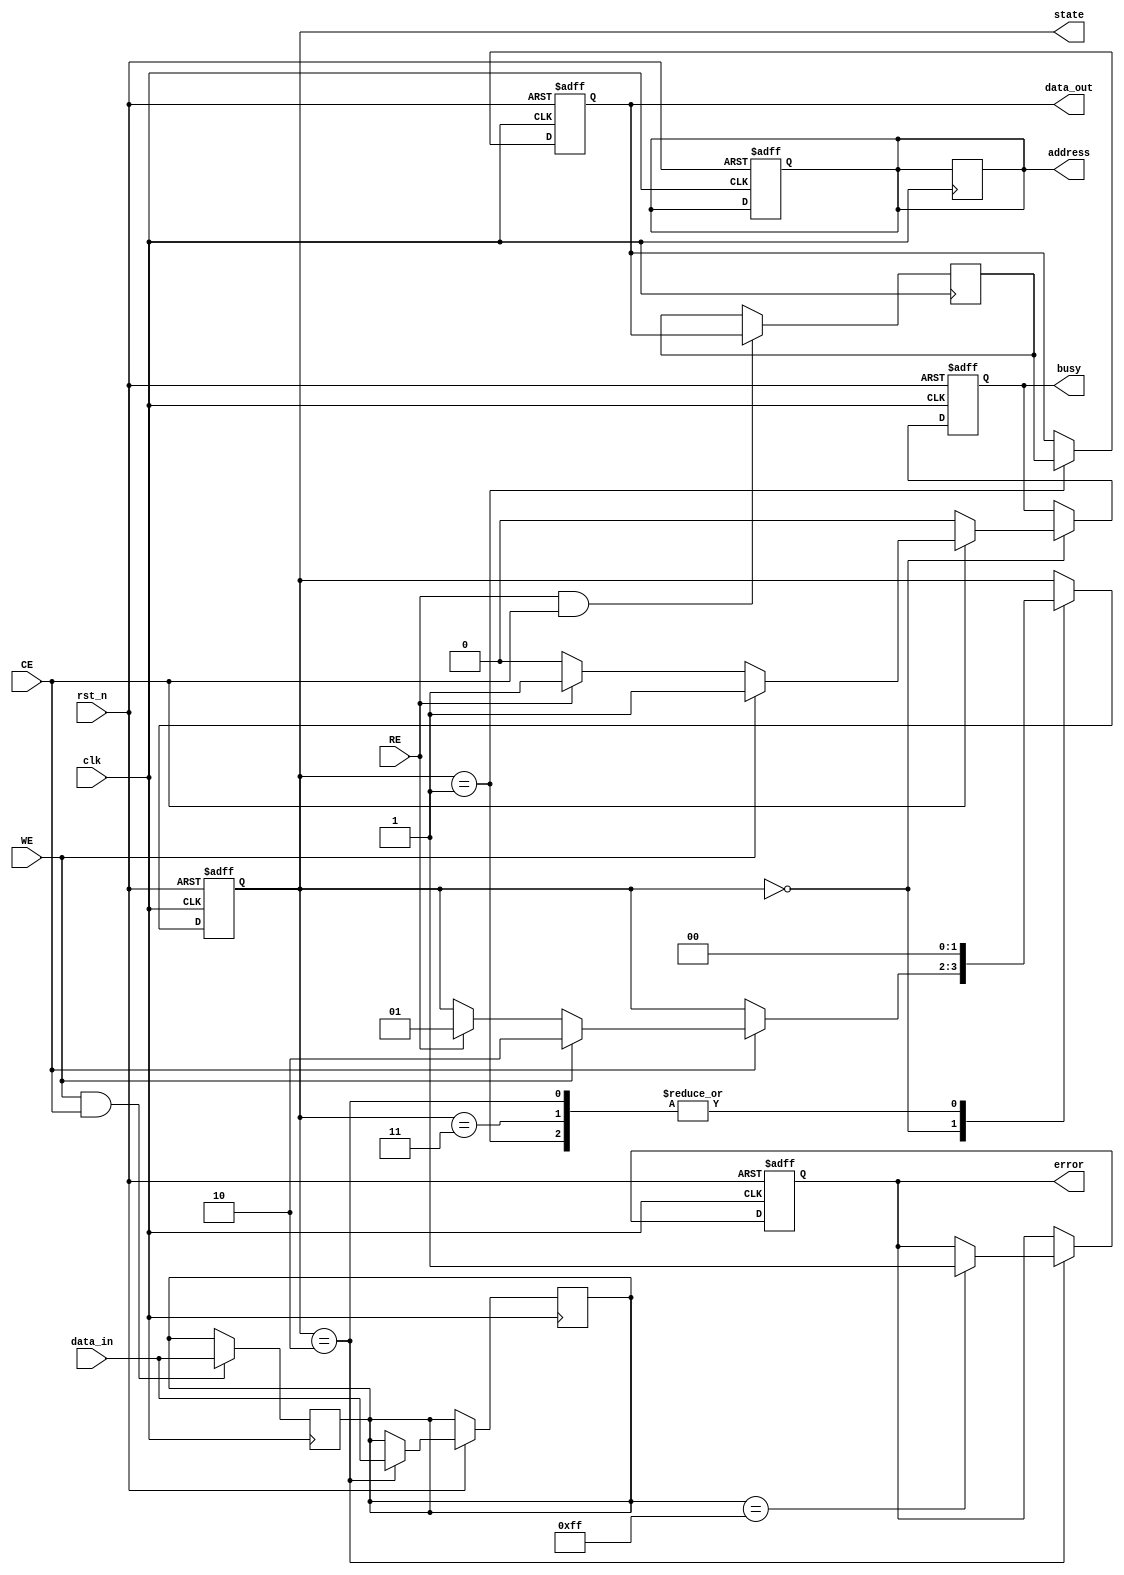
module nand_eeprom_io_block (
    input wire clk,               // System clock
    input wire rst_n,             // Active low reset
    input wire CE,                // Chip Enable
    input wire WE,                // Write Enable
    input wire RE,                // Read Enable
    input wire [7:0] data_in,     // Data input
    output reg [7:0] data_out,    // Data output
    output reg busy,              // Busy signal
    output reg error,             // Error signal
    output reg [15:0] address,    // Address bus
    output reg [1:0] state        // State of the I/O block
);

    // State definitions
    localparam IDLE      = 2'b00;
    localparam READ      = 2'b01;
    localparam WRITE     = 2'b10;
    localparam ERASE     = 2'b11;

    reg [7:0] write_latch;        // Write latch for data
    reg [7:0] read_latch;         // Read latch for data

    // State management and control logic
    always @(posedge clk or negedge rst_n) begin
        if (!rst_n) begin
            state <= IDLE;
            busy <= 0;
            error <= 0;
            data_out <= 8'b0;
            address <= 16'b0;
        end else begin
            case (state)
                IDLE: begin
                    busy <= 0;
                    if (CE) begin
                        if (WE) begin
                            state <= WRITE;
                            busy <= 1;
                        end else if (RE) begin
                            state <= READ;
                            busy <= 1;
                        end
                    end
                end

                WRITE: begin
                    // Latch the data to be written
                    write_latch <= data_in;
                    // Simulate write operation (add timing control as needed)
                    // Here we assume the write operation is instantaneous for simplicity
                    address <= address; // Capture address (assumed to be set externally)
                    // Check for errors (example condition)
                    if (write_latch == 8'hFF) begin
                        error <= 1; // Example error condition
                    end
                    state <= IDLE; // Go back to idle after write
                end

                READ: begin
                    // Simulate read operation (add timing control as needed)
                    // Here we assume the read operation is instantaneous for simplicity
                    data_out <= read_latch; // Assume read_latch is filled from memory
                    address <= address; // Capture address (assumed to be set externally)
                    state <= IDLE; // Go back to idle after read
                end

                ERASE: begin
                    // Implement erase logic here
                    // Set error if needed
                    state <= IDLE; // Go back to idle after erase
                end

                default: state <= IDLE; // Fallback to idle
            endcase
        end
    end

    // Address latching logic (example)
    always @(posedge clk) begin
        if (CE) begin
            address <= address; // Capture address from external source
        end
    end

    // Data latching mechanism (example)
    always @(posedge clk) begin
        if (WE && CE) begin
            write_latch <= data_in; // Latch data on write enable
        end
        if (RE && CE) begin
            read_latch <= data_out; // Latch data on read enable
        end
    end

endmodule